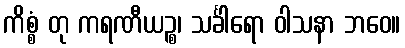
ကိစ္စံ တု ကရဏီယဉ္စ၊ သင်္ခါရော ဝါသနာ ဘဝေ။